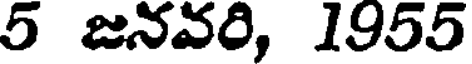
5 జనవరి, 1955